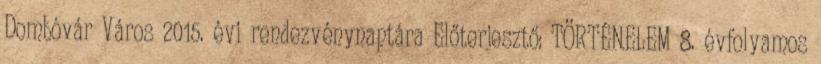
Dombóvár Város 2015. évi rendezvénynaptára Előterjesztő: TÖRTÉNELEM 8. évfolyamos